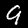
Digit: 9